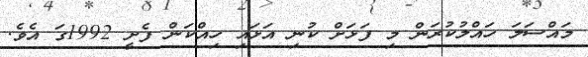
މައްސަލަ ހައްލުކުރަން މި ފަޅަށް ކުނި އަޅައި ހިއްކަން ފެށީ 1992ގަ އެވެ.